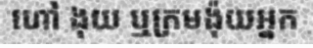
ហៅ ងុយ ឬក្រមង៉ុយអ្នក